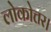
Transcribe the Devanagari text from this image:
लोकोत्तर।